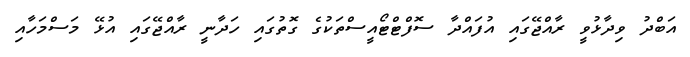
އަބްދު ވިދާޅުވީ ރާއްޖޭގައި އުފައްދާ ސޮފްޓްޓޯއީސްތަކުގެ ގޮތުގައި ހަދާނީ ރާއްޖޭގައި އުޅޭ މަސްމަހާއި